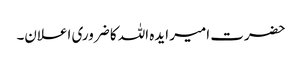
حضرت امیر ایدہ اللہ کا ضروری اعلان۔